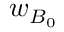
w _ { B _ { 0 } }